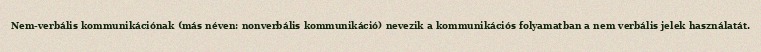
Nem-verbális kommunikációnak (más néven: nonverbális kommunikáció) nevezik a kommunikációs folyamatban a nem verbális jelek használatát.